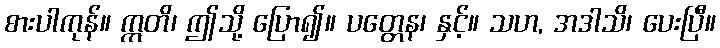
စားပါကုန်။ ဣတိ၊ ဤသို့ ပြော၍။ ပတ္တေန၊ နှင့်။ သဟ, အဒါသိ၊ ပေးပြီ။